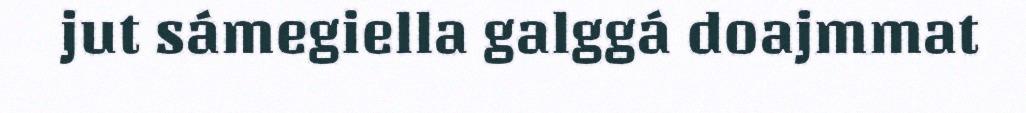
jut sámegiella galggá doajmmat